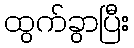
ထွက်ခွာပြီး